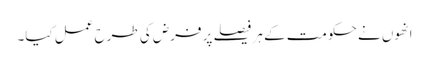
انھوں نے حکومت کے ہر فیصلے پر فرض کی طرح عمل کیا۔